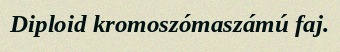
Diploid kromoszómaszámú faj.